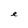
Character: e